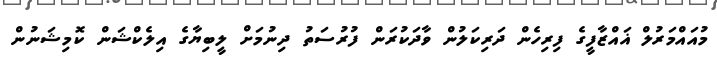
މުއައްމަރުލް ޣައްޒާފީގެ ފިރިހެން ދަރިކަލުން ވާދަކުރަން ފުރުސަތު ދިނުމަށް ލީބިޔާގެ އިލެކްޝަން ކޮމިޝަނުން